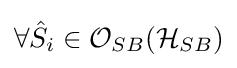
\forall {\hat {S}}_{i}\in {\mathcal {O}}_{SB}({\mathcal {H}}_{SB})